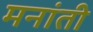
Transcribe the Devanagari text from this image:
मनांती